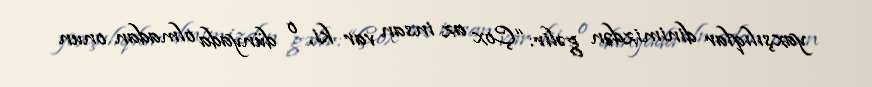
yaxşılıqlar dinimizdən gəlir: “Çox az insan var ki, o dünyada olmadan onun